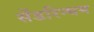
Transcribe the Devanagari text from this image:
सेंडरिन्घम